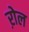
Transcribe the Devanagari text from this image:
ऱोल